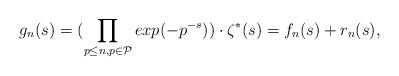
LaTeX: \begin{align*}g_n(s)=(\prod_{p\leq n, p\in \mathcal {P}} exp (-p^{-s}) ) \cdot\zeta^{*}(s) = f_n(s)+ r_n(s),\end{align*}